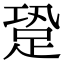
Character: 跫